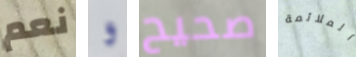
نعم و صحيح الملائمة